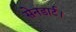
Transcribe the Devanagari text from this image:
सेनडार्ट।